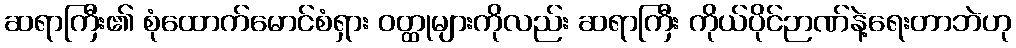
ဆရာကြီး၏ စုံထောက်မောင်စံရှား ဝတ္ထုများကိုလည်း ဆရာကြီး ကိုယ်ပိုင်ဉာဏ်နဲ့ရေးတာဘဲဟု